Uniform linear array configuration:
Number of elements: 24
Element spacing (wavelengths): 1
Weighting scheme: uniform
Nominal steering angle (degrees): -15
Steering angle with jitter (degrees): -14.246
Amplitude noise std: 0.05
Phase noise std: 0.05

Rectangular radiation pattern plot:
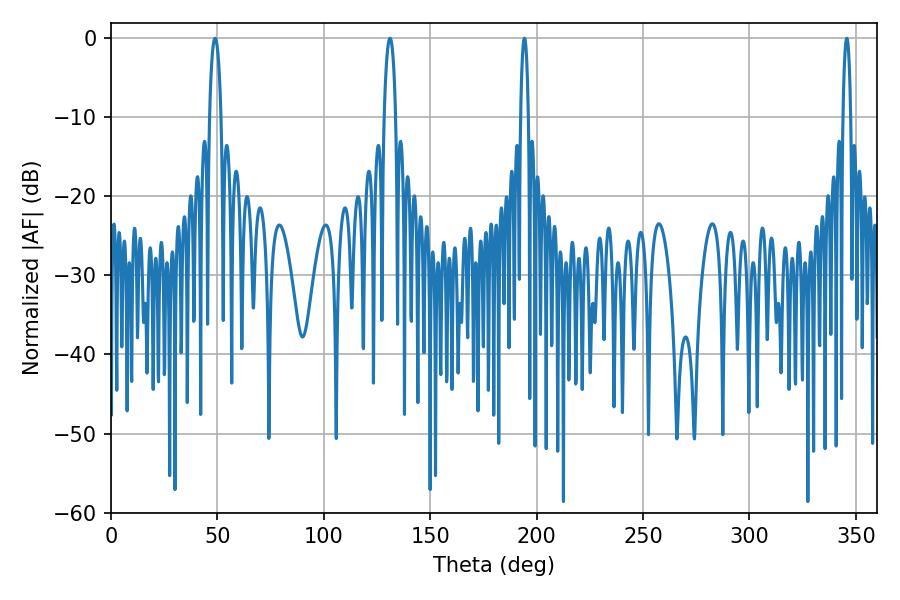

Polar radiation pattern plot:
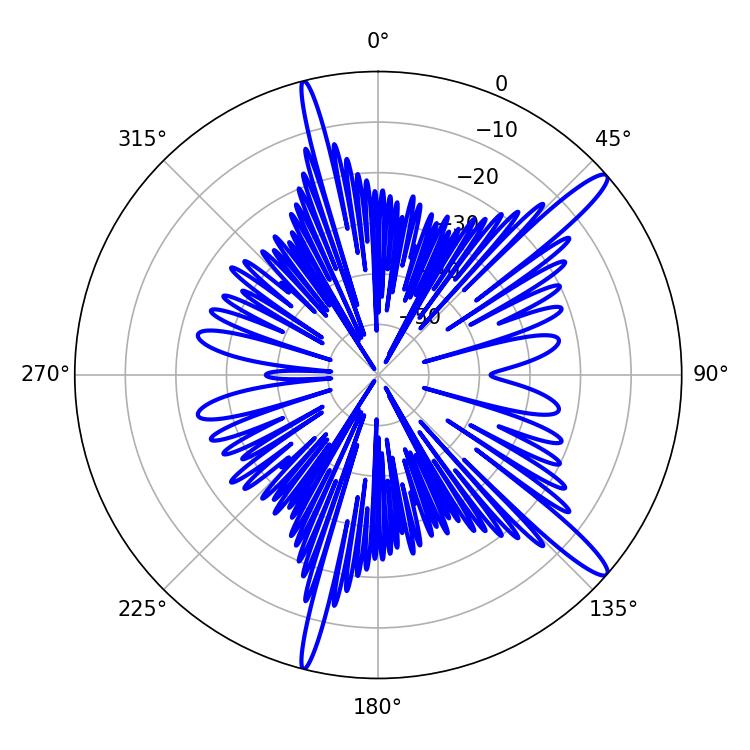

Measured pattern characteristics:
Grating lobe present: TRUE
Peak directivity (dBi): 14.369
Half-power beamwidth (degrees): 3.06
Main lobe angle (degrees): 48.96